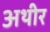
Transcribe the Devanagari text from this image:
अथीर